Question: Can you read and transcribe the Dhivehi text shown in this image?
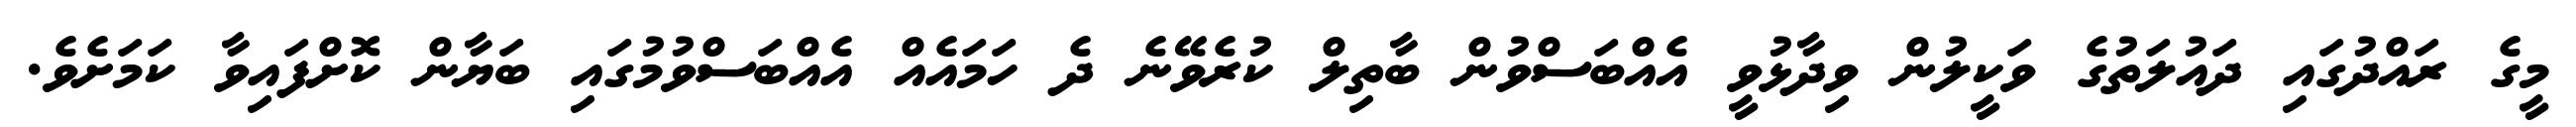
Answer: މީގެ ރައްދުގައި ދައުލަތުގެ ވަކީލުން ވިދާޅުވީ އެއްބަސްވުން ބާތިލް ކުރެވޭނެ ދެ ހަމައެއް އެއްބަސްވުމުގައި ބަޔާން ކޮށްފައިވާ ކަމަށެވެ.